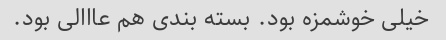
خیلی خوشمزه بود. بسته بندی هم عااالی بود.